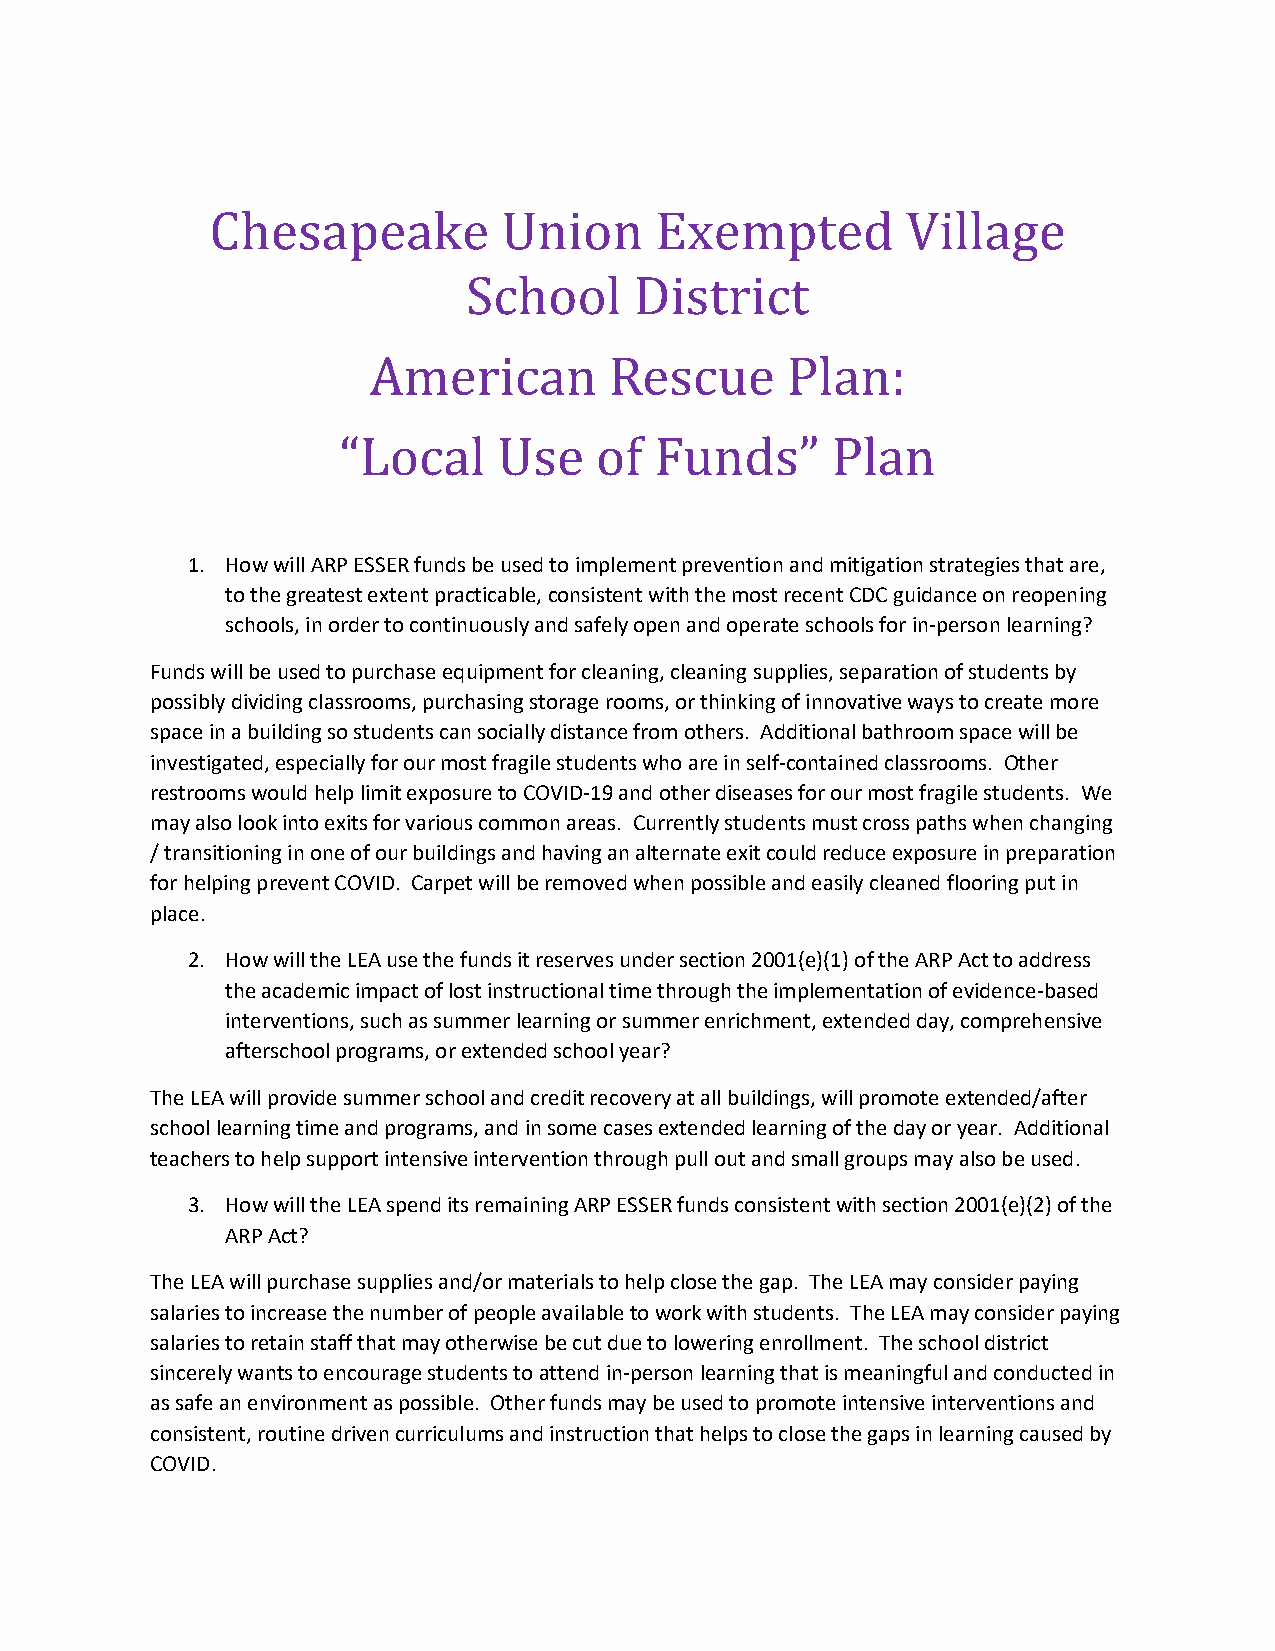
Chesapeake         Union     Exempted         Village
 School     District
 American        Rescue      Plan:
 “Local     Use   of  Funds”      Plan
 1. How will ARP ESSER funds be used to implement prevention and mitigation strategies that are,
 to the greatest extent practicable, consistent with the most recent CDC guidance on reopening
 schools, in order to continuously and safely open and operate schools for in-person learning?
 Funds will be used to purchase equipment for cleaning, cleaning supplies, separation of students by
 possibly dividing classrooms, purchasing storage rooms, or thinking of innovative ways to create more
 space in a building so students can socially distance from others. Additional bathroom space will be
 investigated, especially for our most fragile students who are in self-contained classrooms. Other
 restrooms would help limit exposure to COVID-19 and other diseases for our most fragile students. We
 may also look into exits for various common areas. Currently students must cross paths when changing
 / transitioning in one of our buildings and having an alternate exit could reduce exposure in preparation
 for helping prevent COVID. Carpet will be removed when possible and easily cleaned flooring put in
 place.
 2. How will the LEA use the funds it reserves under section 2001(e)(1) of the ARP Act to address
 the academic impact of lost instructional time through the implementation of evidence-based
 interventions, such as summer learning or summer enrichment, extended day, comprehensive
 afterschool programs, or extended school year?
 The LEA will provide summer school and credit recovery at all buildings, will promote extended/after
 school learning time and programs, and in some cases extended learning of the day or year. Additional
 teachers to help support intensive intervention through pull out and small groups may also be used.
 3. How will the LEA spend its remaining ARP ESSER funds consistent with section 2001(e)(2) of the
 ARP Act?
 The LEA will purchase supplies and/or materials to help close the gap. The LEA may consider paying
 salaries to increase the number of people available to work with students. The LEA may consider paying
 salaries to retain staff that may otherwise be cut due to lowering enrollment. The school district
 sincerely wants to encourage students to attend in-person learning that is meaningful and conducted in
 as safe an environment as possible. Other funds may be used to promote intensive interventions and
 consistent, routine driven curriculums and instruction that helps to close the gaps in learning caused by
 COVID.